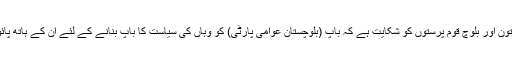
بلوچستان میں پختون اور بلوچ قوم پرستوں کو شکایت ہے کہ باپ (بلوچستان عوامی پارٹی) کو وہاں کی سیاست کا باپ بنانے کے لئے ان کے ہاتھ پائوں باندھے گئے۔